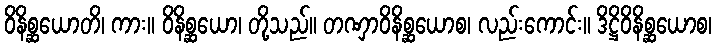
ဝိနိစ္ဆယောတိ၊ ကား။ ဝိနိစ္ဆယော၊ တို့သည်။ တဏှာဝိနိစ္ဆယောစ၊ လည်းကောင်း။ ဒိဋ္ဌိဝိနိစ္ဆယောစ၊